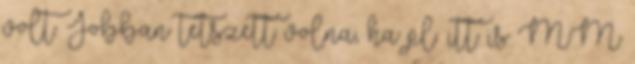
volt. Jobban tetszett volna, ha pl. itt is MM